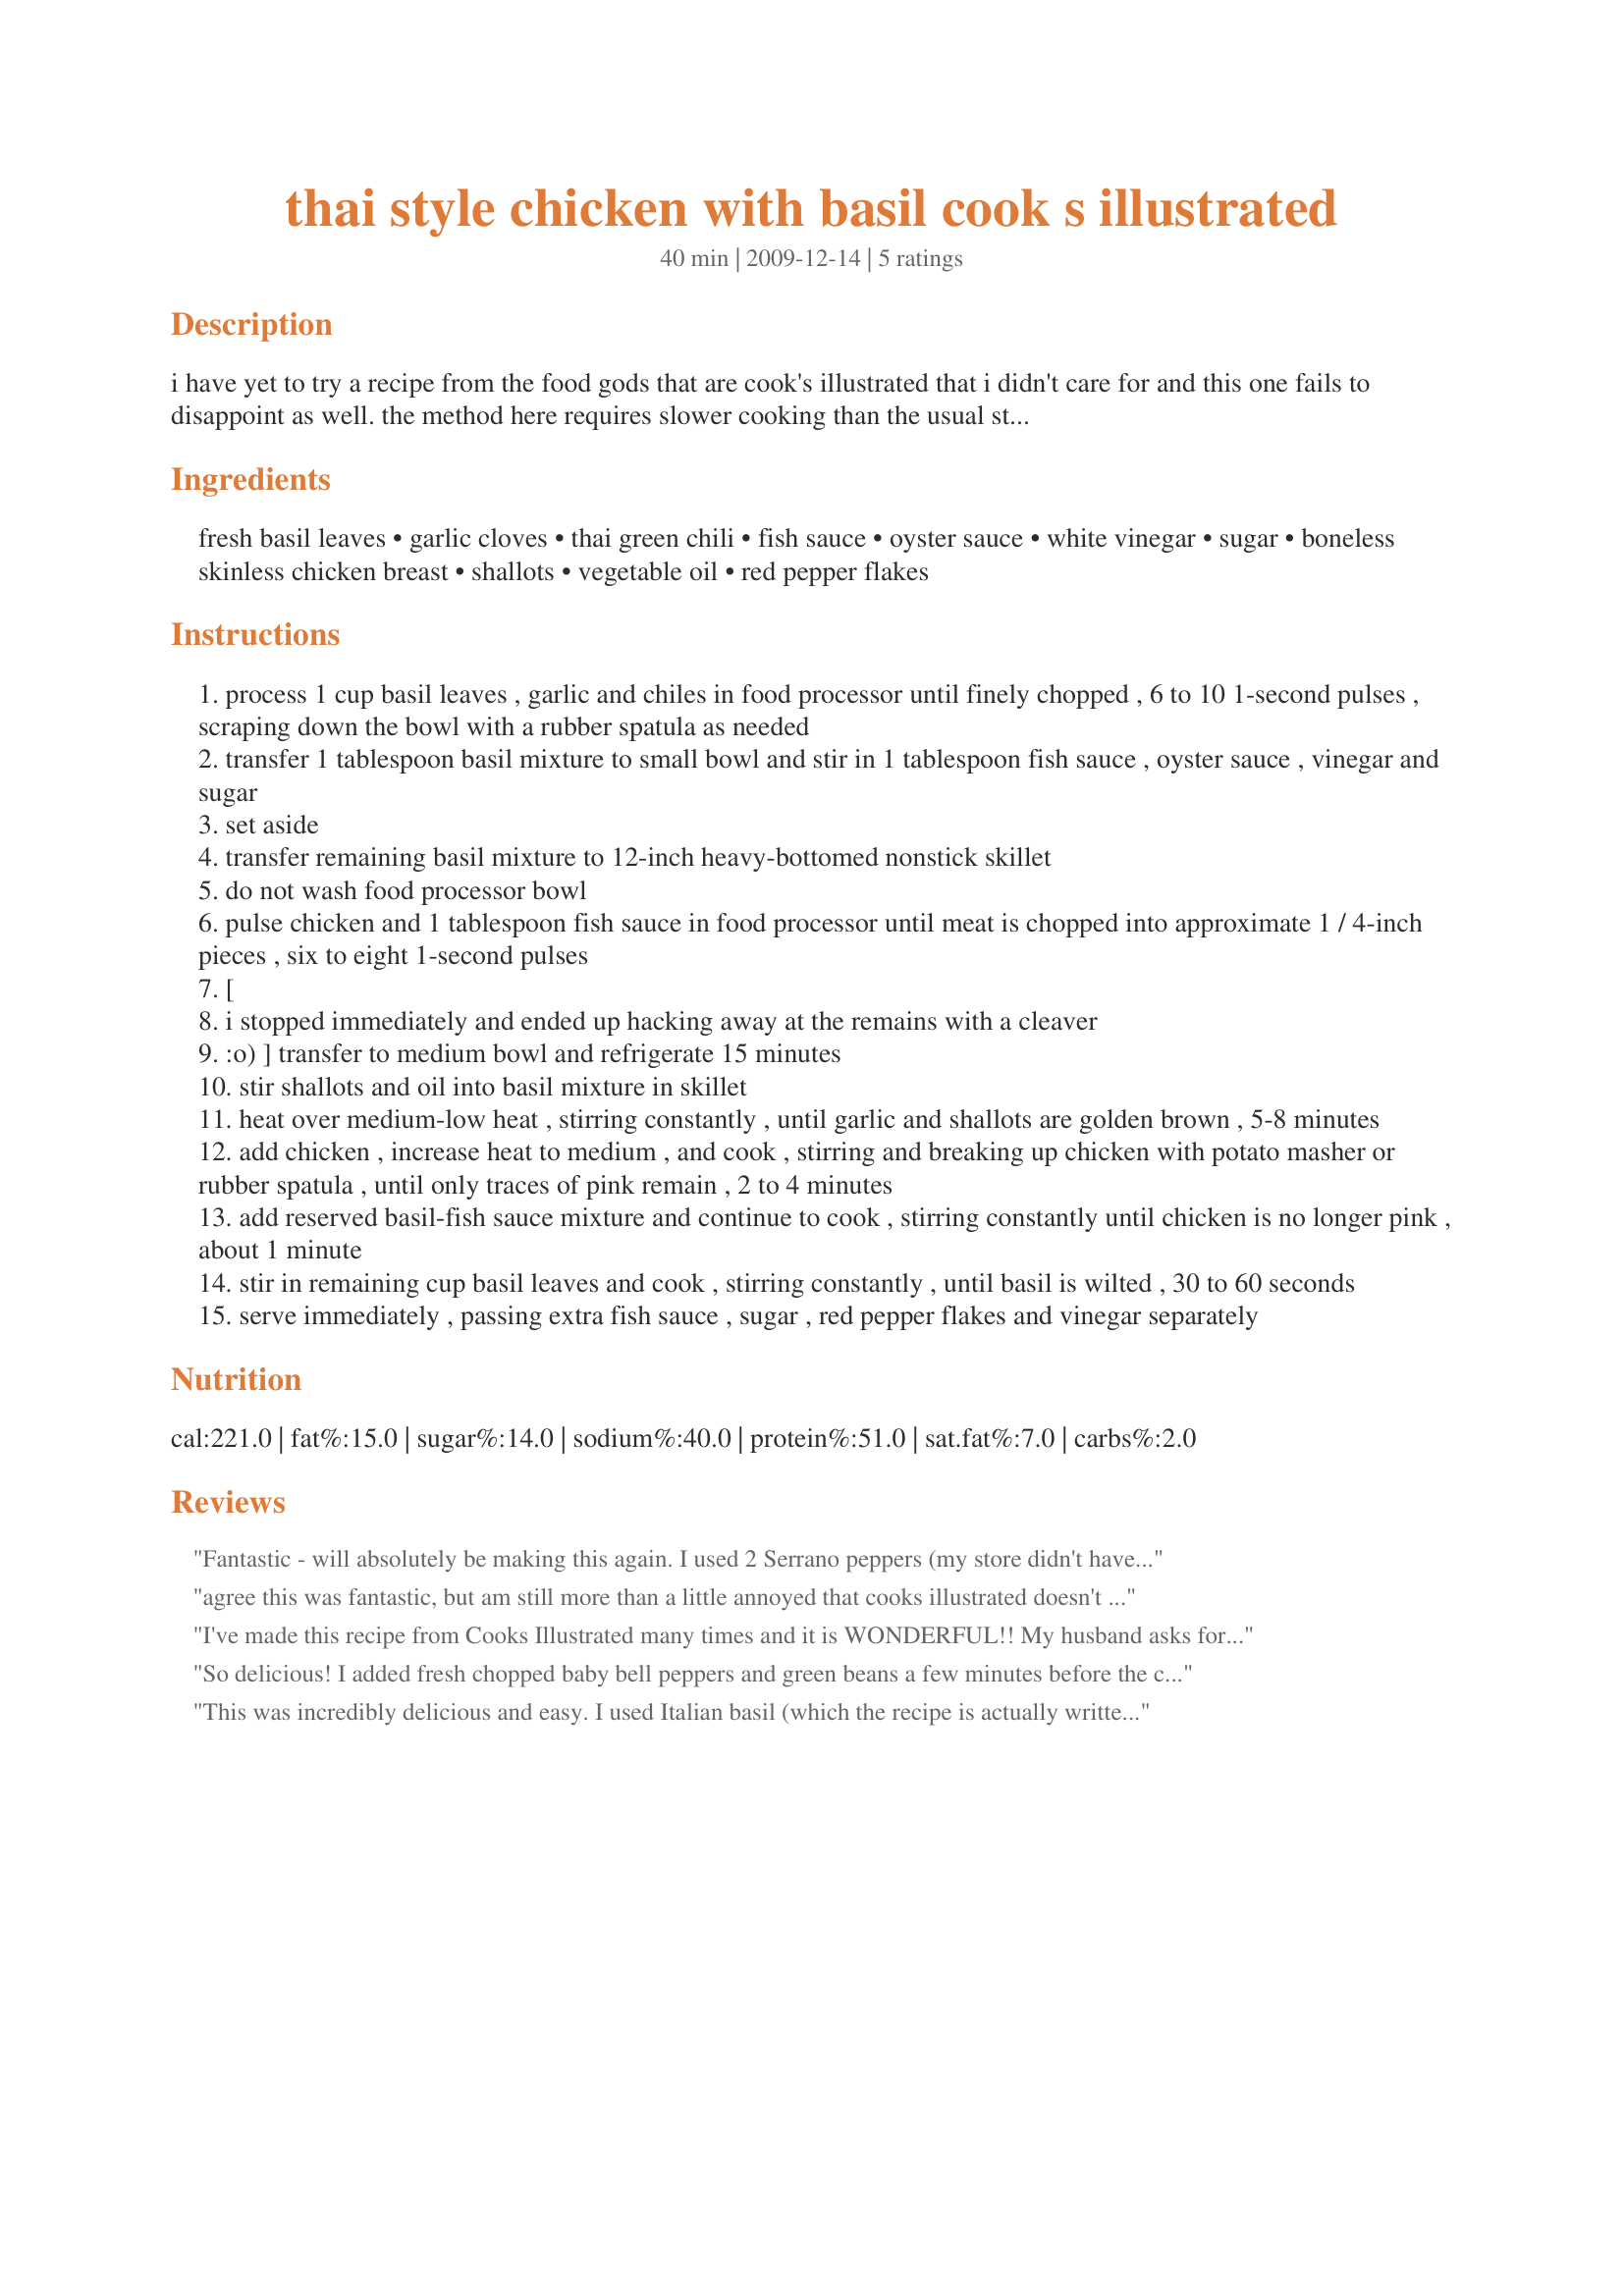
thai style chicken with basil cook s illustrated
Preparation time: 40 minutes

i have yet to try a recipe from the food gods that are cook's illustrated that i didn't care for and this one fails to disappoint as well. the method here requires slower cooking than the usual stir-fry in order to allow the aromatics to permeate the oil. it should be noted that my version had some ingredients substituted with what i could find: jalapenos for the thai chilies (i know...what was i thinking?) and italian basil for what c.i. recommends; "hot basil". i'm not even sure what that is, but apparently it has a "robust texture that can stand up to prolonged cooking". anyway, it was still delicious with my substitutions! times are estimated.

Ingredients:
fresh basil leaves, garlic cloves, thai green chili, fish sauce, oyster sauce, white vinegar, sugar, boneless skinless chicken breast, shallots, vegetable oil, red pepper flakes

Steps:
process 1 cup basil leaves , garlic and chiles in food processor until finely chopped , 6 to 10 1-second pulses , scraping down the bowl with a rubber spatula as needed
transfer 1 tablespoon basil mixture to small bowl and stir in 1 tablespoon fish sauce , oyster sauce , vinegar and sugar
set aside
transfer remaining basil mixture to 12-inch heavy-bottomed nonstick skillet
do not wash food processor bowl
pulse chicken and 1 tablespoon fish sauce in food processor until meat is chopped into approximate 1 / 4-inch pieces , six to eight 1-second pulses
[
i stopped immediately and ended up hacking away at the remains with a cleaver
:o) ] transfer to medium bowl and refrigerate 15 minutes
stir shallots and oil into basil mixture in skillet
heat over medium-low heat , stirring constantly , until garlic and shallots are golden brown , 5-8 minutes
add chicken , increase heat to medium , and cook , stirring and breaking up chicken with potato masher or rubber spatula , until only traces of pink remain , 2 to 4 minutes
add reserved basil-fish sauce mixture and continue to cook , stirring constantly until chicken is no longer pink , about 1 minute
stir in remaining cup basil leaves and cook , stirring constantly , until basil is wilted , 30 to 60 seconds
serve immediately , passing extra fish sauce , sugar , red pepper flakes and vinegar separately

Reviews:
Fantastic - will absolutely be making this again. I used 2 Serrano peppers (my store didn't have Thai peppers) - I also cut the chicken in small pieces rather than using the food processor.
agree this was fantastic, but am still more than a little annoyed that cooks illustrated doesn't let you in to review recipes unless you pay.
I've made this recipe from Cooks Illustrated many times and it is WONDERFUL!! My husband asks for it repeatedly and my picky 2 1/2 year old even enjoys it. We like that you can spice it up more or less to your own taste. The only change that we make is that I can't find Thai Chiles so we use a Serrano chili instead.
So delicious! I added fresh chopped baby bell peppers and green beans a few minutes before the chicken, and used 2 jalepenos and 2 red chiles. Thai basil is now our favorite thing in the garden! Thank you for posting the recipe.
This was incredibly delicious and easy. I used Italian basil (which the recipe is actually written for), substituted apple cider vinegar for the white, and used two serranos (deseeded and tasted them for heat) instead of the thai chilis. If I can find a cheap source of basil, this will become a staple.&lt;br/&gt;&lt;br/&gt;I served it with some plain salted brown rice.
